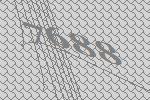
7688